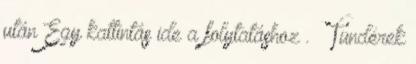
után Egy kattintás ide a folytatáshoz . → Tündérek